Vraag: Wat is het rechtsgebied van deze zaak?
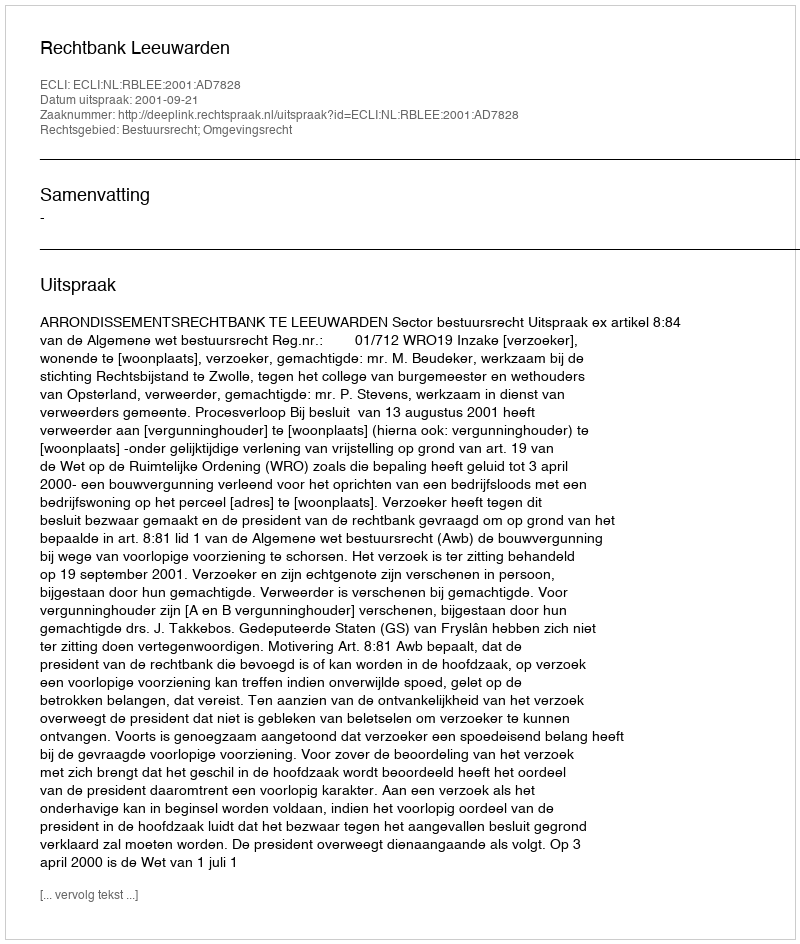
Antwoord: Bestuursrecht; Omgevingsrecht